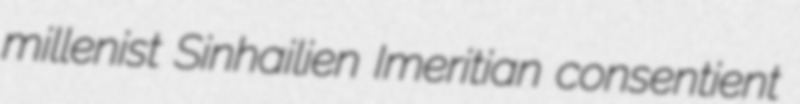
millenist Sinhailien Imeritian consentient